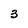
Character: 3